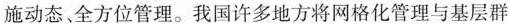
施动态全方位管理。我国许多地方将网格化管理与基层群